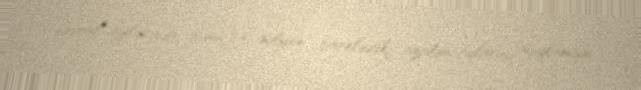
fevral aylarında bunu 3,6 milyon barelədək azaldacaqlarını açıqlamışdı.